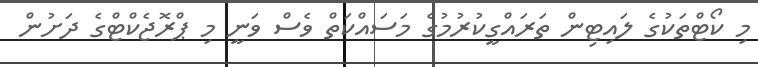
މި ކޯޓްތަކުގެ ލައިޓިން ތަރައްގީކުރުމުގެ މަސައްކަތް ވެސް ވަނީ މި ޕްރޮޖެކްޓްގެ ދަށުން